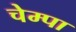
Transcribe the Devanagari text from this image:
चेम्पा